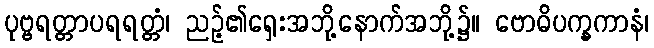
ပုဗ္ဗရတ္တာပရရတ္တံ၊ ညဉ့်၏ရှေးအဘို့နောက်အဘို့၌။ ဗောဓိပက္ခကာနံ၊